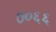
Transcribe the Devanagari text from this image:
७०६६